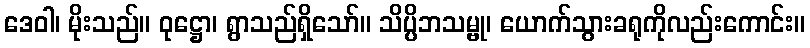
ဒေဝါ၊ မိုးသည်။ ဝုဋ္ဌော၊ ရွာသည်ရှိသော်။ သိပ္ပိဘသမ္ဗု၊ ယောက်သွားခရုကိုလည်းကောင်း။